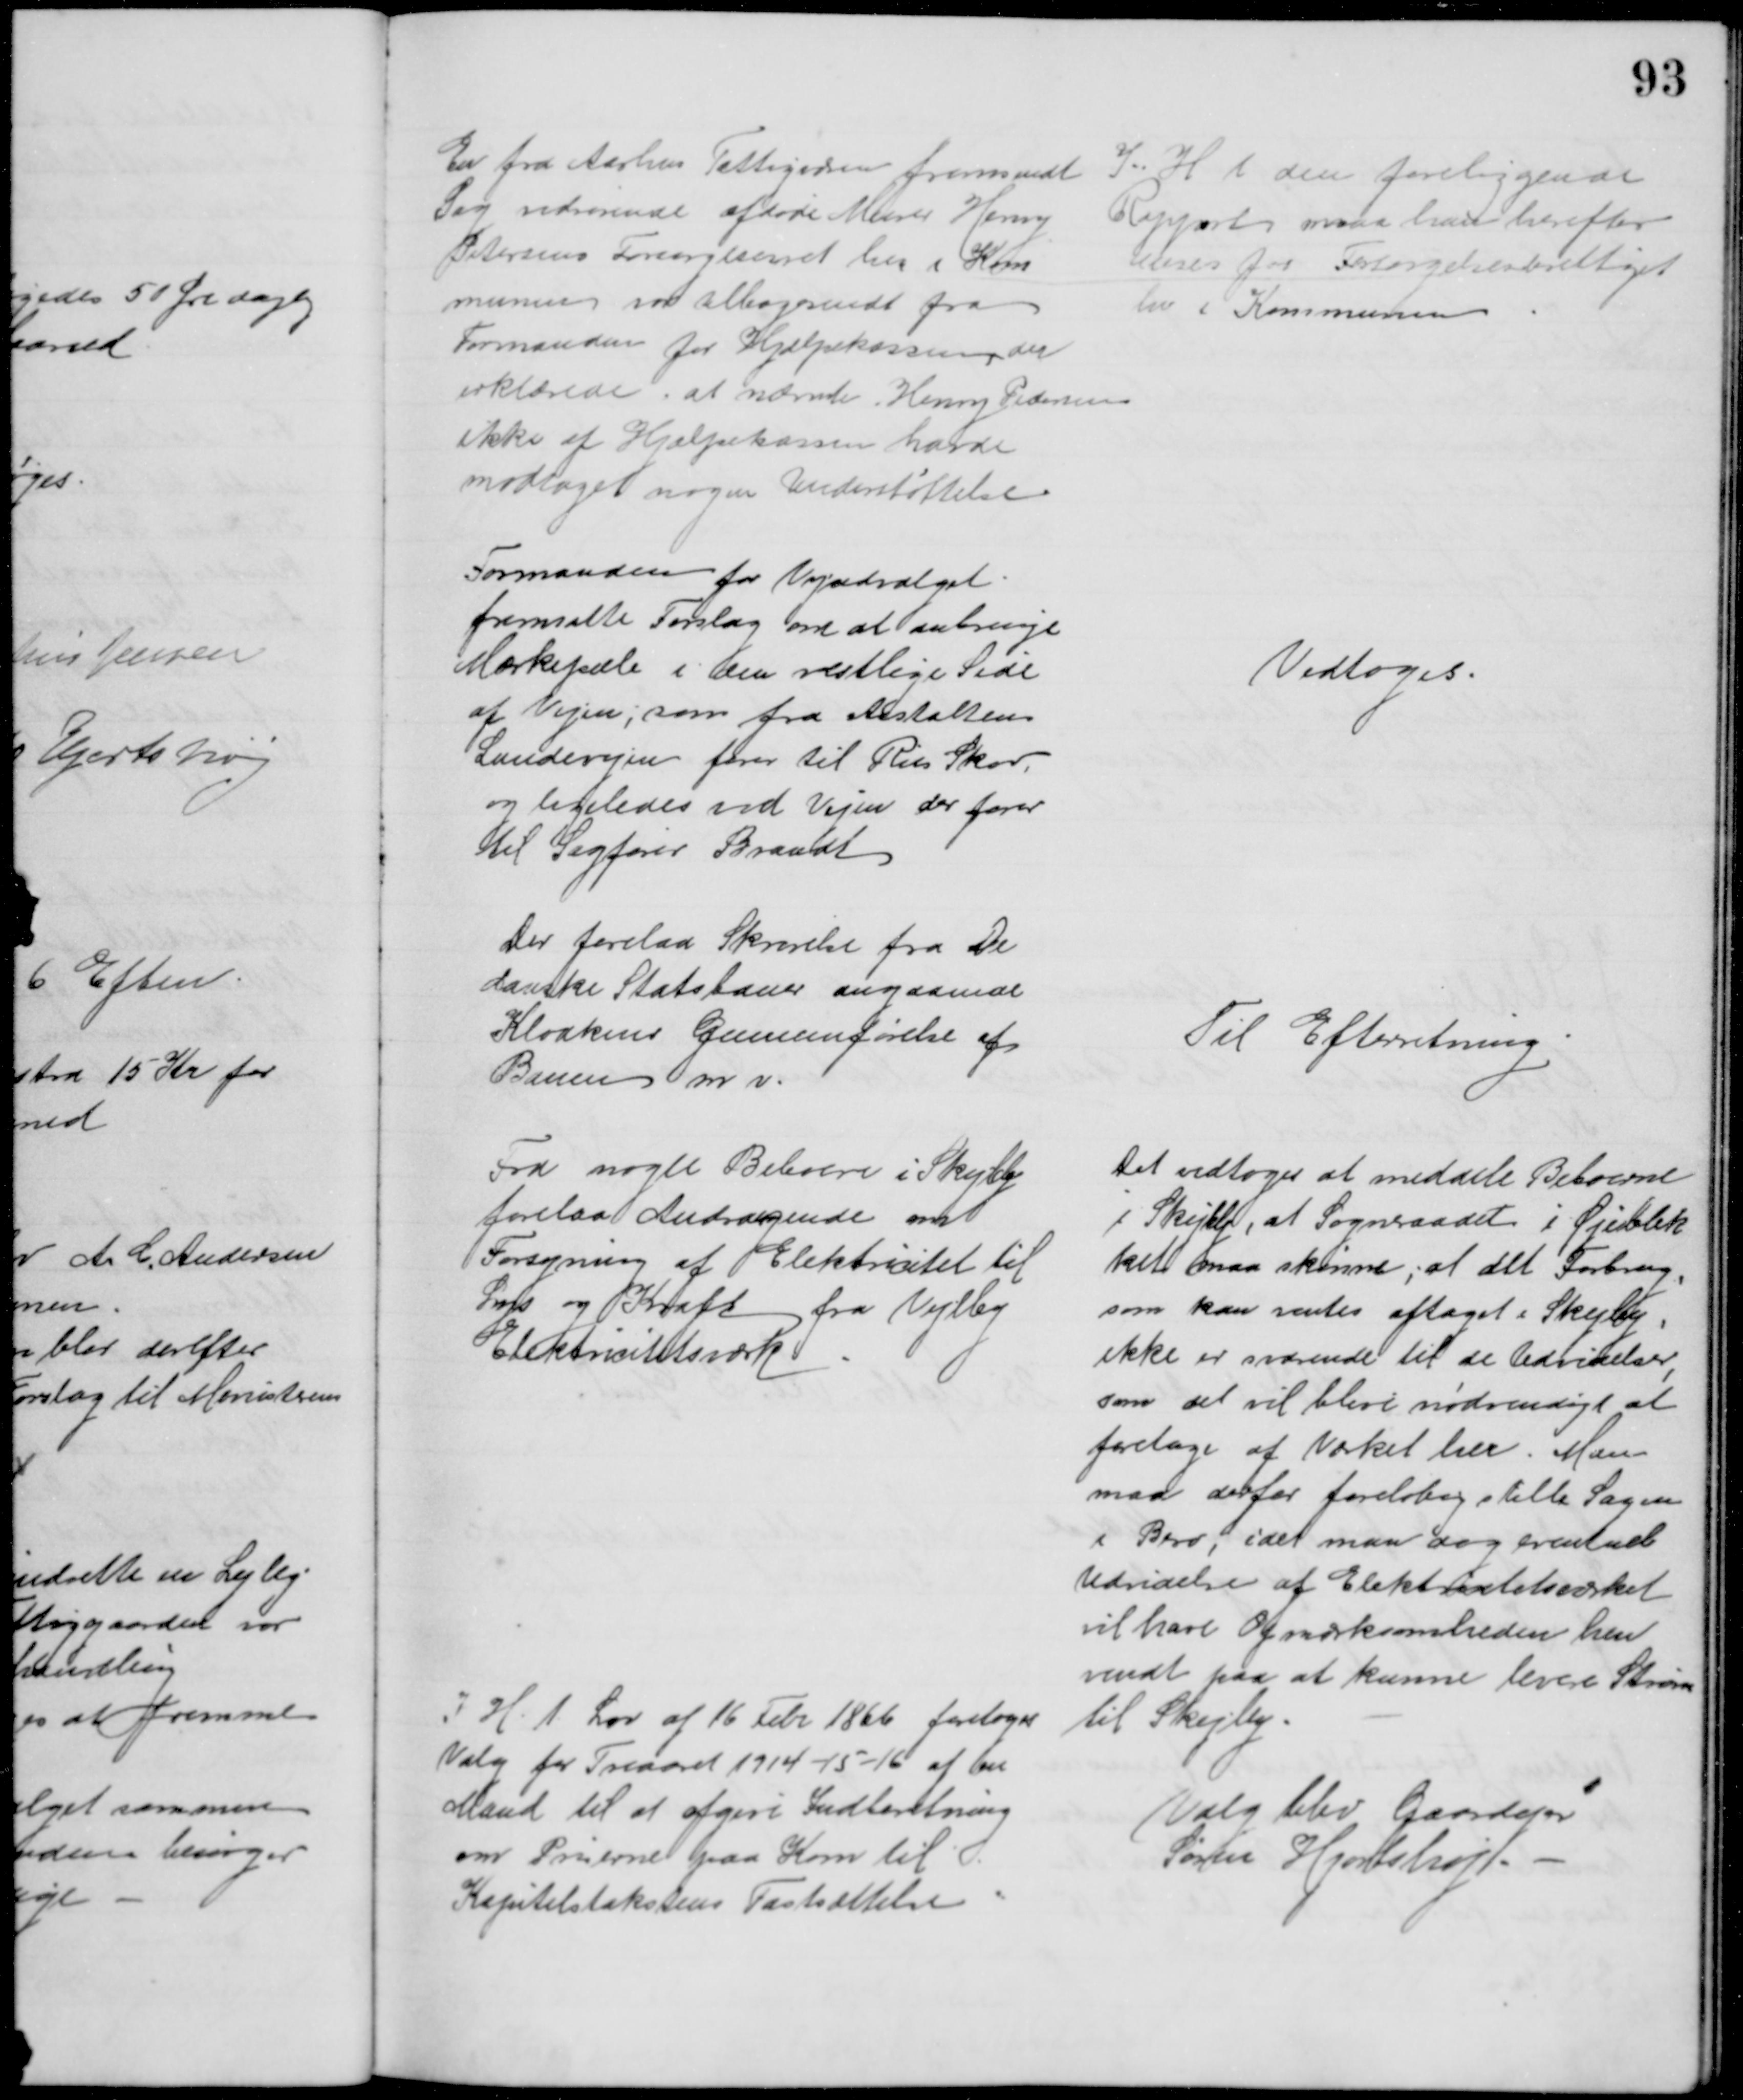
Transskription:
En fra Aarhus Fattigvæsen fremsendt
Sag vedrørende afdøde Murer Henry
Petersens Forsørgelseret her i Kom
munen var tilbagesendt fra
Formanden for Hjælpekassen der 
erklærede, at nævnte Henry Pedersen
ikke af Hjælpekassen havde
modtaget nogen Understøttelse
I H t den foreliggende
Rapport maa han herefter
anses for Forsørgelsesberettiget
her i Kommunen
Formanden for Vejudvalget
fremsatte Forslag om at anbringe
Mærkepæle i den vestlige Side
af Vejen, som fra Anstaltens
Landevejen fører til Riis Skov,
og ligeledes ved Vejen der fører
til Sagfører Brandt
Vedtoges.
Der forelaa Skrivelse fra De
danske Statsbaner angaaende
Kloakens Gennemførelse af 
Banen m. v.
Til Efterretning
Fra nogle Beboere i Skejby
forelaa Andragende om
Forsyning af Elektricitet til 
Lys og Kraft fra Vejlby
Elektricitetsværk
Det vedtoges at meddele Beboerne 
i Skejby, at Sogneraadet i Øjeblik
ket maa skønne, at det Forbrug,
som kan ventes aftaget i Skejby,
ikke er svarende til de Udvidelser 
,
som det vil blive nødvendigt at 
foretage af Værket her. Man
maa derfor foreløbig stille Sagen
i Bero, idet man dog eventuel
Udvidelse af Elektrictetsværket
vil have Opmærksomheden hen
vendt paa at kunne levere Strøm
til Skejby.
I H. t. Lov af 16 Febr 1866 foretoges
Valg for Treaaret 1914-15-16 af en
Mand til at afgive Indberetning
om Priserne paa Korn til 
Kapitelstakstens Fastsættelse
Valg blev Gaardejer
Søren Hjortshøj.